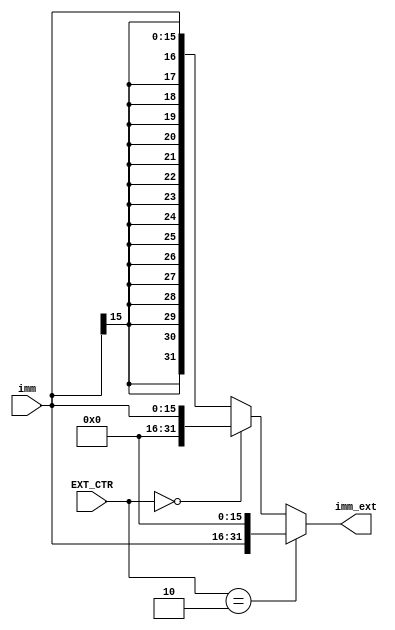
`timescale 1ns / 1ps
//////////////////////////////////////////////////////////////////////////////////
// Company: 
// Engineer: 
// 
// Design Name: 
// Module Name: ext
// Project Name: 
// Target Devices: 
// Tool Versions: 
// Description: 
// 
// Dependencies: 
// 
// Revision:
// Revision 0.01 - File Created
// Additional Comments:
// 
//////////////////////////////////////////////////////////////////////////////////


module ext(
    input [15:0] imm,
    input [1:0] EXT_CTR,
    output [31:0] imm_ext
    );

    assign imm_ext = (EXT_CTR == 2'b10)? {imm, 16'b0}:
                     (EXT_CTR == 2'b00)? {16'b0, imm}:
                                         {{16{imm[15]}}, imm};
                                         

endmodule